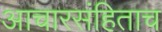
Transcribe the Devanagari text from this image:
आचारसंहिताच